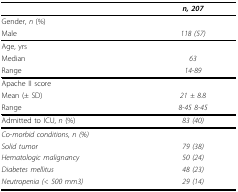
<table><thead><tr><td></td><td><b><i>n, 207</i></b></td></tr></thead><tbody><tr><td>Gender, <i>n </i>(%)</td><td></td></tr><tr><td>Male</td><td><i>118 (57)</i></td></tr><tr><td>Age, yrs</td><td></td></tr><tr><td>Median</td><td><i>63</i></td></tr><tr><td>Range</td><td><i>14-89</i></td></tr><tr><td>Apache II score</td><td></td></tr><tr><td>Mean (± SD)</td><td><i>21 ± 8.8</i></td></tr><tr><td>Range</td><td><i>8-45 8-45</i></td></tr><tr><td>Admitted to ICU, <i>n </i>(%)</td><td><i>83( 40)</i></td></tr><tr><td><i>Co-morbid conditions, n (%)</i></td><td></td></tr><tr><td><i>Solid tumor</i></td><td><i>79(38)</i></td></tr><tr><td><i>Hematologic malignancy</i></td><td><i>50(24)</i></td></tr><tr><td><i>Diabetes mellitus</i></td><td><i>48(23)</i></td></tr><tr><td><i>Neutropenia (&lt; 500 mm3)</i></td><td><i>29(14)</i></td></tr></tbody></table>